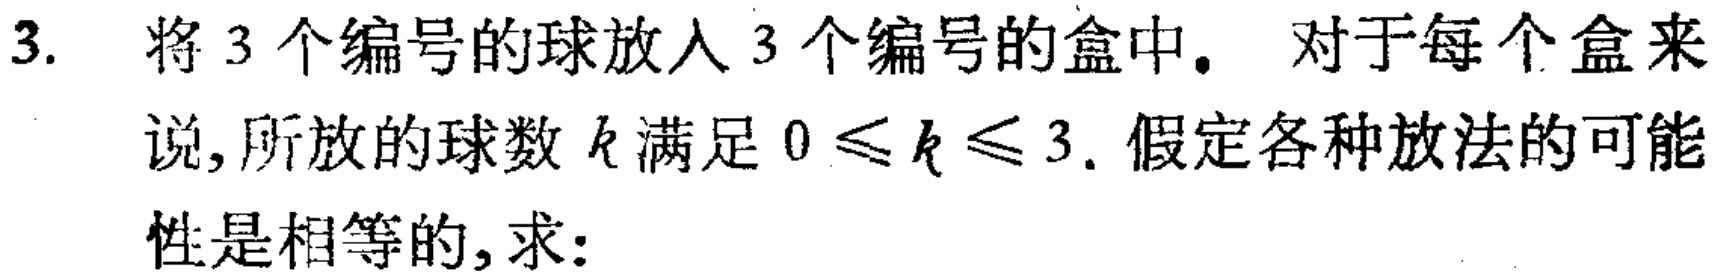
3. 将3个编号的球放入3个编号的盒中。对于每个盒来说,所放的球数\(k\)满足\(0\leqslant k\leqslant 3\). 假定各种放法的可能性是相等的,求: